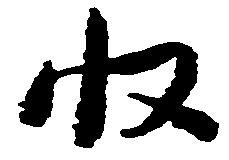
収